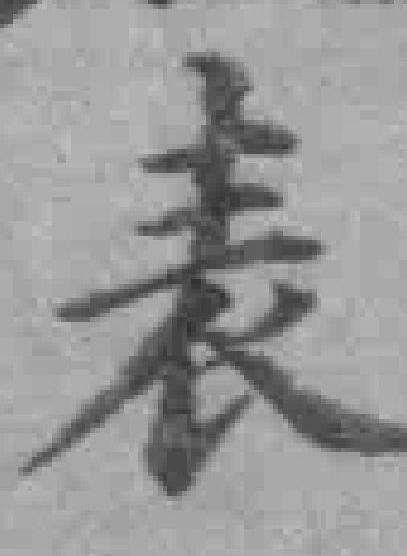
表